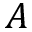
A